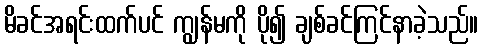
မိခင်အရင်းထက်ပင် ကျွန်မကို ပို၍ ချစ်ခင်ကြင်နာခဲ့သည်။